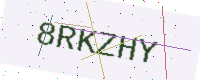
Text: 8RKZHY